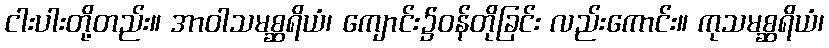
ငါးပါးတို့တည်း။ အာဝါသမစ္ဆရိယံ၊ ကျောင်း၌ဝန်တိုခြင်း လည်းကောင်း။ ကုသမစ္ဆရိယံ၊